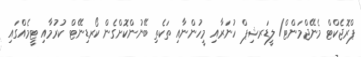
ޕްރޮޖެކްޓް މެނޭޖްމަންޓް/ ލީޑަރޝިޕް ހުނަރާއި މީހުންނާއި ތަކެތި ބޭނުންކޮށްގެން ކޯރޑިނޭޓް ކުރުމާއި ޓީމެއްގައި